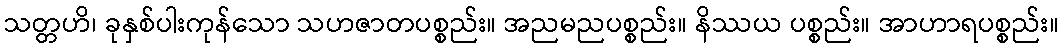
သတ္တဟိ၊ ခုနှစ်ပါးကုန်သော သဟဇာတပစ္စည်း။ အညမညပစ္စည်း။ နိဿယ ပစ္စည်း။ အာဟာရပစ္စည်း။